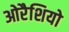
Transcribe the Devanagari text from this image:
ओरैशियो